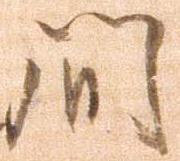
間